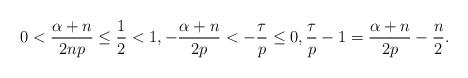
LaTeX: \begin{align*}0<\frac{\alpha+n}{2np} \leq \frac12 <1, -\frac{\alpha+n}{2p}<-\frac{\tau}{p} \leq 0, \frac{\tau}{p}-1=\frac{\alpha+n}{2p}-\frac{n}2.\end{align*}